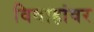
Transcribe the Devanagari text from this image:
विवाहांवर